Annual administration report of the Bombay Presidency - 1887-1892
Year: 1887
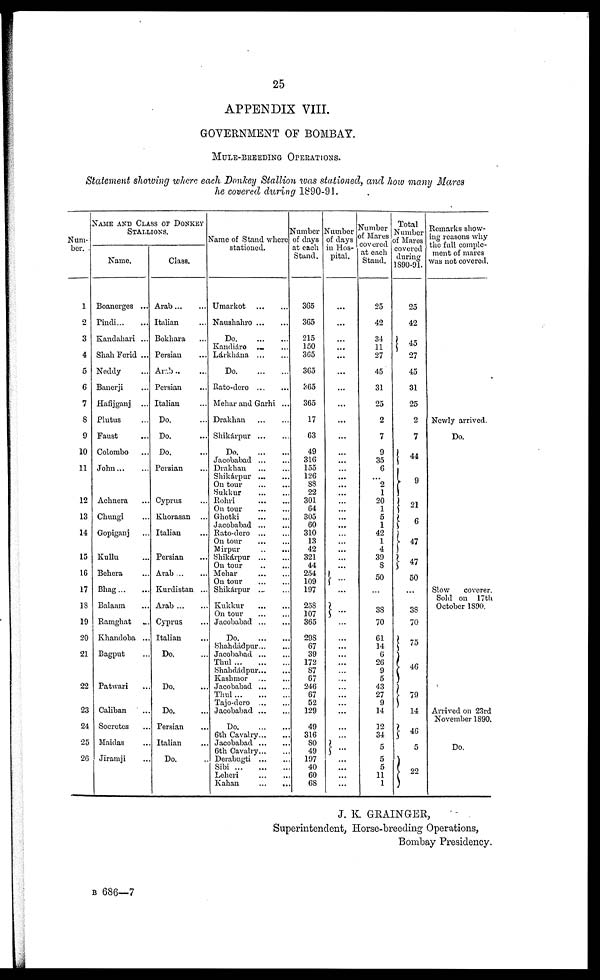
25
APPENDIX VIII.
GOVERNMENT OF BOMBAY.
MULE-BREEDING OPERATIONS.
Statement showing where each Donkey Stallion was stationed, and how many Mares
he covered during 1890-91.
Num-
ber.
1
2
3
4
5
6
7
8
9
10
11
12
13
14
15
16
17
18
19
20
21
22
23
24
25
26
NAME AND CLASS OF DONKEY
STALLIONS.
Name.
Boanerges ...
Pindi ... ...
Kandahari ... ...
Shall Ferid ...
Neddy ...
Banerji ...
Hafijganj ...
Plutus ...
Faust ...
Colombo ...
John ... ...
Achnera ...
Chungi ...
Gopiganj ...
Kullu ...
Behera ...
Bhag ... ...
Balaam ...
Ramghat ...
Khandoba ...
Bagput ...
Patwari ...
Caliban ...
Socretes ...
Maidas ...
Jiramji ...
Class.
Arab ... ...
Italian ... ...
Bokhara ...
Persian ...
Arab ... ....
Persian ...
Italian ...
Do. ...
Do. ...
Do. ...
Persian ...
Cyprus ...
Khorasan ...
Italian ...
Persian ...
Arab ... ...
Kurdistan ...
Arab ... ...
Cyprus ...
Italian ...
Do. ...
Do. ...
Do. ...
Persian ...
Italian ...
Do. ...
Name of Stand where
stationed.
Umarkot
...
...
Naushahro ... ...
Do. ... ... ...
Kandiáro ... ...
Lárkhána ... ...
Do ... ... ...
Rato-dero ... ...
Mehar and Garhi ...
Drakhan
...
...
Shikárpur
...
...
Do. ... ... ...
Jacobabad
...
...
Drakhan
...
...
Shikárpur ... ...
On tour
...
...
Sukkur
...
...
Rohri
...
...
On tour
...
...
Ghotki
...
...
Jacobabad
...
...
Rato-dero
...
...
On tour
...
...
Mirpur
...
...
Shikárpur
...
...
On tour
...
...
Mehar
...
...
On tour
...
...
Shikárpur
...
...
Kukkur
...
...
On tour
...
....
Jacobabad
...
...
Do ... ... ...
Bhahdádpur ... ...
Jacobabad
...
...
Thul ... ...
Bhahdádpur ... ...
Kashmor
...
...
Jacobabad
...
...
Thul
...
...
...
Tajo-dero
...
...
Jacobabad ... ...
Do.
...
...
6th Cavalry ... ...
Jacobabad
...
...
6th Cavalry ... ...
Derabugti
...
...
Sibi
...
...
...
Leheri
...
...
Kahan
...
...
Number
of days
at each
Stand.
365
365
215
150
365
365
365
365
17
63
49
316
155
126
88
22
301
64
305
60
310
13
42
321
44
254
109
197
258
107
365
298
67
39
172
87
67
246
67
52
129
49
316
80
49
197
40
60
68
Number
of days
in Hos-
pital.
...
...
...
...
...
..
...
...
...
...
...
...
...
...
...
...
...
...
...
...
...
...
...
...
...
...
...
...
...
...
...
...
...
...
...
...
...
...
...
...
...
...
...
...
...
...
...
...
Number
of Mares
covered
at each
Stand.
25
42
34
11
27
45
31
25
2
7
9
35
6
2
1
20
1
5
1
42
1
4
39
8
50
50
...
38
70
61
14
6
26
9
5
43
27
9
14
12
34 ...
5
5
5
11
1
Total
Number
of Mares
covered
during
1890-91.
25
42
...
45
27
45
31
25
2
7
44
9
21
6
47
47
50
...
38
70
75
46
79
14
46
5
22
Remarks show-
ing reasons why
the full comple-
ment of mares
was not covered.
Newly arrived.
Do.
Slow
coverer.
Sold on 17th
October 1890.
Arrived on 23rd
November 1890.
Do.
J. K. GRAINGER,
Superintendent, Horse-breeding Operations,
Bombay Presidency.
B 686—7